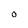
Character: O